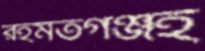
রহমতগঞ্জই